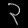
Digit: ၃